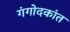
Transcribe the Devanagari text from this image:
गंगोदकांत